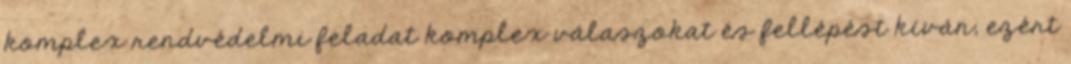
komplex rendvédelmi feladat komplex válaszokat és fellépést kíván, ezért